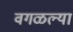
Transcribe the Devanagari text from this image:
वगळल्या